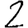
Digit: 2